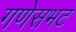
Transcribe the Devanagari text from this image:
गणेसभट